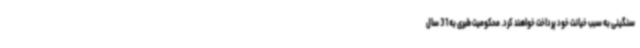
سنگینی به سبب خیانت خود پرداخت خواهند کرد. محکومیت طبری به 31 سال